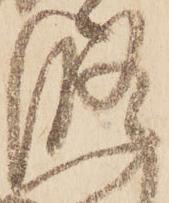
修